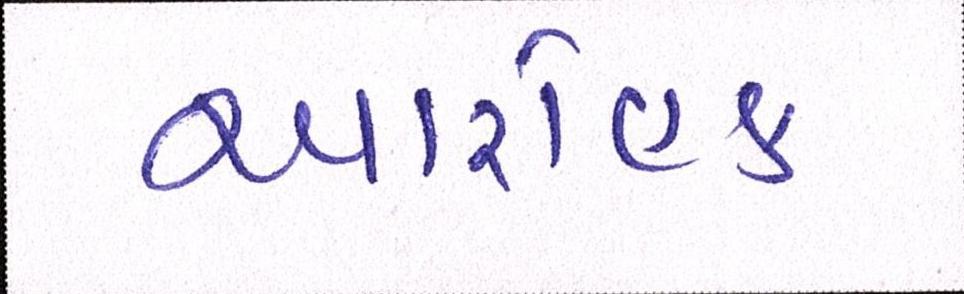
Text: આરોહક